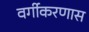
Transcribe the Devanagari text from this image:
वर्गीकरणास